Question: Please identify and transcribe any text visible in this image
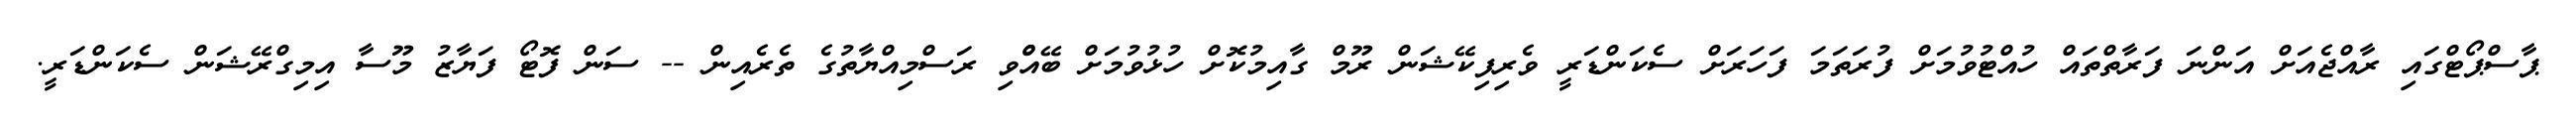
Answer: ޕާސްޕޯޓްގައި ރާއްޖެއަށް އަންނަ ފަރާތްތައް ހުއްޓުވުމަށް ފުރަތަމަ ފަހަރަށް ސެކަންޑަރީ ވެރިފިކޭޝަން ރޫމް ގާއިމުކޮށް ހުޅުވުމަށް ބޭއްްވި ރަސްމިއްޔާތުގެ ތެރެއިން -- ސަން ފޮޓޯ ފަޔާޒު މޫސާ އިމިގްރޭޝަން ސެކަންޑަރީ.